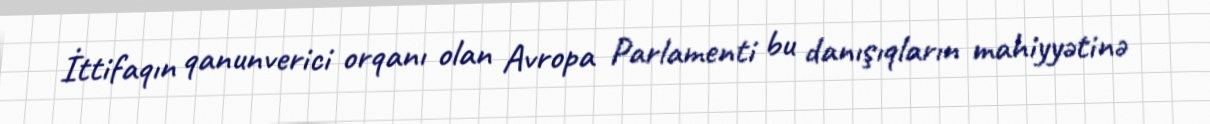
İttifaqın qanunverici orqanı olan Avropa Parlamenti bu danışıqların mahiyyətinə